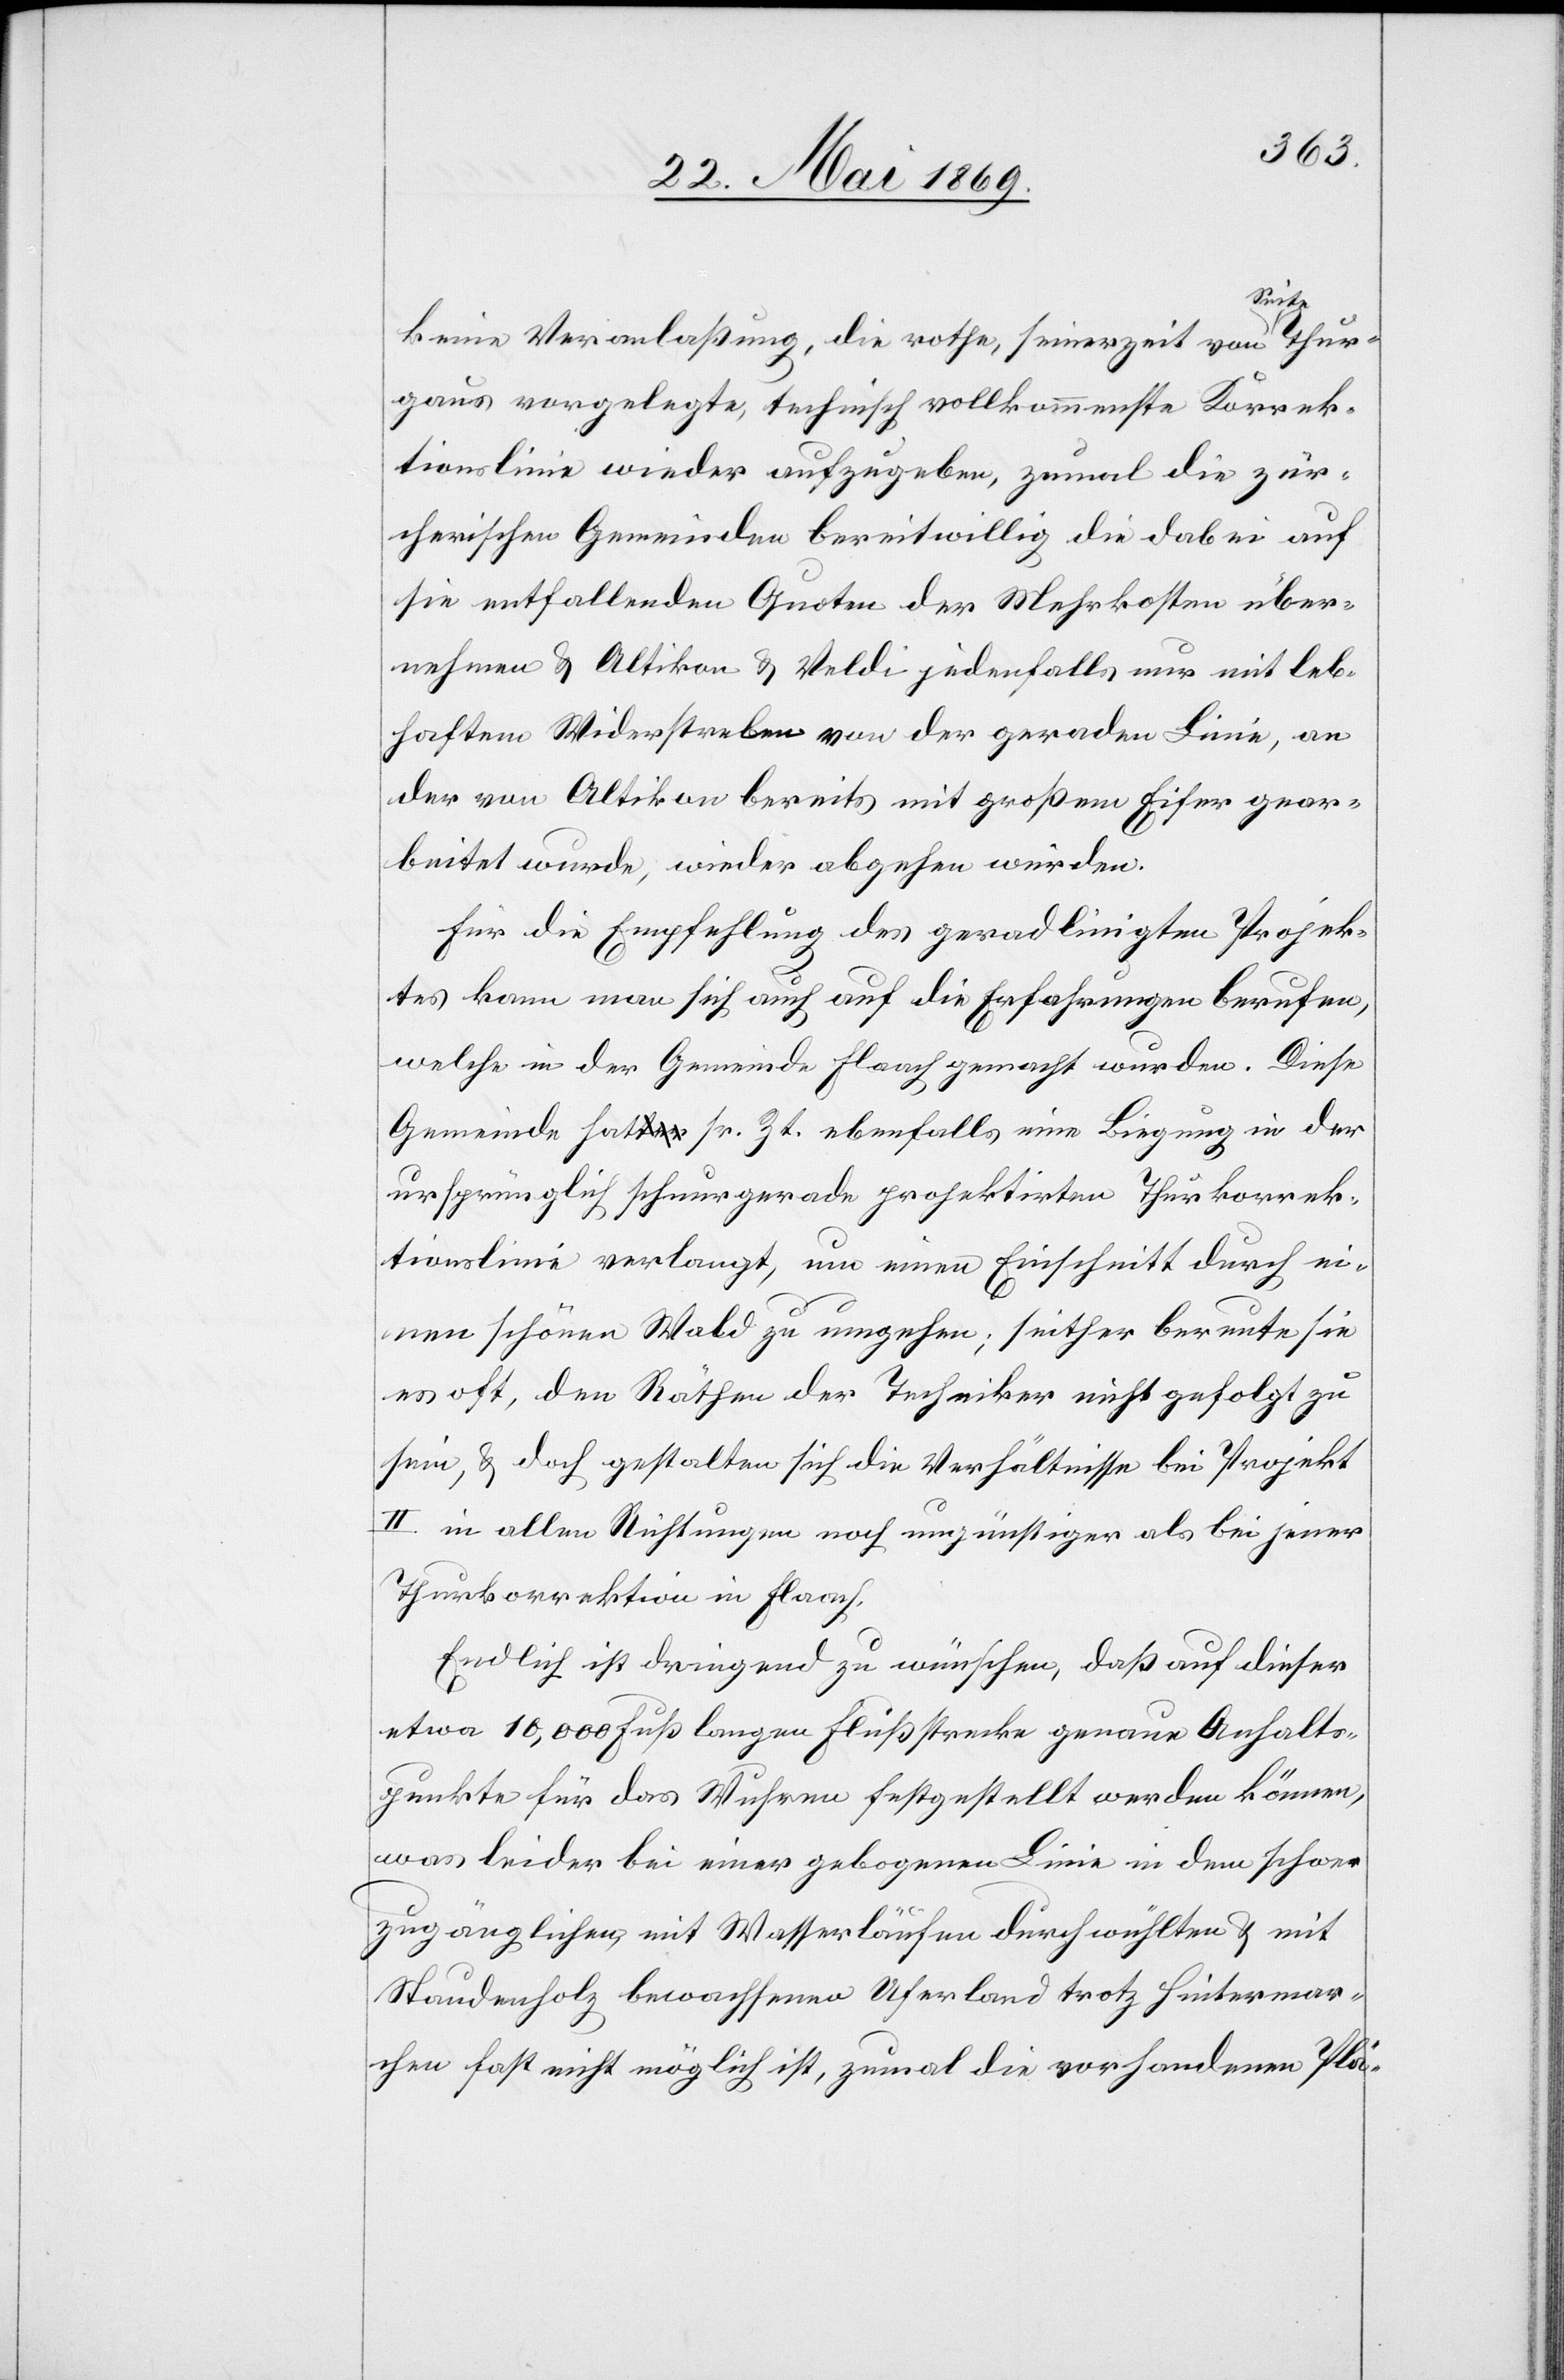
keine Veranlaßung, die rothe, seinerzeit von Seite Thur¬
gaus vorgelegte, technisch vollkommenste Korrek¬
tionslinie wieder aufzugeben, zumal die zür¬
cherischen Gemeinden bereitwillig die dabei auf
sie entfallenden Quoten der Mehrkosten über¬
nehmen u. Altikon u. Veldi jedenfalls nur mit leb¬
haftem Widerstreben von der geraden Linie, an
der von Altikon bereits mit großem Eifer gear¬
beitet wurde, wieder abgehen würden.
Für die Empfehlung des geradlinigten Projek¬
tes kann man sich auch auf die Erfahrungen berufen,
welche in der Gemeinde Flaach gemacht wurden. Diese
Gemeinde hatte sr. Zt. ebenfalls eine Biegung in der
ursprünglich schnurgeraden projektirten Thurkorrek¬
tionslinie verlangt, um einen Einschnitt durch ei¬
nen schönen Wald zu umgehen; seither bereute sie
es oft, den Räthen der Techniker nicht gefolgt zu
sein, u. doch gestalten sich die Verhältnisse bei Projekt
II in allen Richtungen noch ungünstiger als bei jener
Thurkorrektion in Flaach.
Endlich ist dringed zu wünschen, daß auf dieser
etwa 10,000 Fuß langen Flußstrecke genaue Anhalts¬
punkte für das Wuhren festgestellt werden können,
was leider bei einer gebogenen Linie in dem schwer
zugänglichen mit Wasserläufen durchwühlten u. mit
Staudenholz bewachsenen Uferland trotz Hintermar¬
chen fast nicht möglich ist, zumal die vorhandenen Plä-